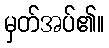
မှတ်အပ်၏။